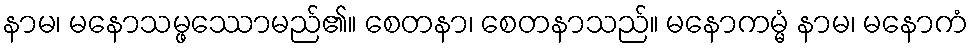
နာမ၊ မနောသမ္ဖဿောမည်၏။ စေတနာ၊ စေတနာသည်။ မနောကမ္မံ နာမ၊ မနောကံ